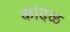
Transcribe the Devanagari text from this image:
कांदळ